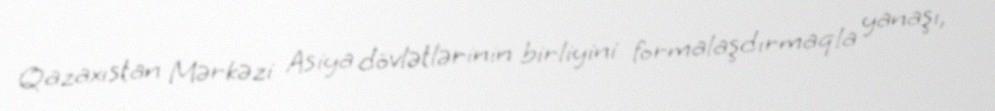
Qazaxıstan Mərkəzi Asiya dövlətlərinin birliyini formalaşdırmaqla yanaşı,